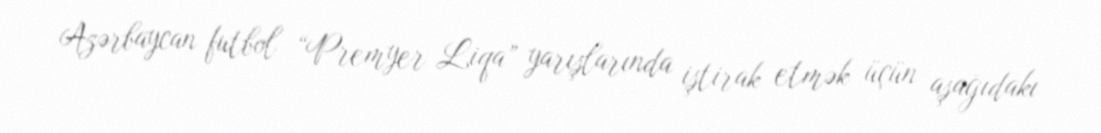
Azərbaycan futbol “Premyer Liqa” yarışlarında iştirak etmək üçün aşağıdakı